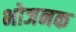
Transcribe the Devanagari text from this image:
भोजनक